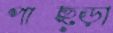
পাছ্‌ড়া